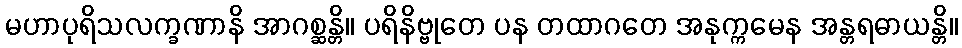
မဟာပုရိသလက္ခဏာနိ အာဂစ္ဆန္တိ။ ပရိနိဗ္ဗုတေ ပန တထာဂတေ အနုက္ကမေန အန္တရဓာယန္တိ။